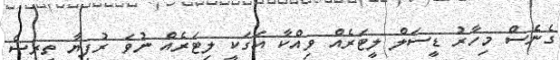
ގެނެސް މިހާރު ޑީސަލް ލީޓަރެއް ވިއްކާ އަގަކީ ލިޓަރެއް ނުވަ ރުފިޔާ ތިރީސް